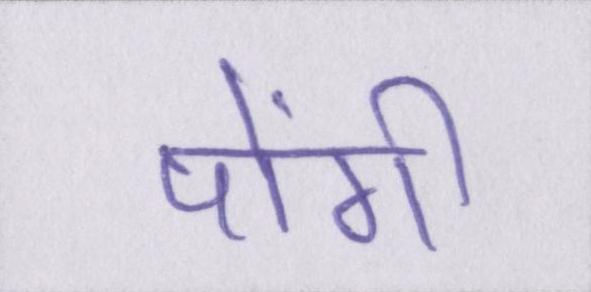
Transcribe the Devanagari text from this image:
पोंगी